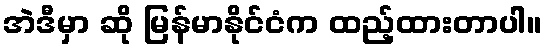
အဲဒီမှာ ဆို မြန်မာနိုင်ငံက ထည့်ထားတာပါ။